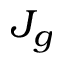
J _ { g }